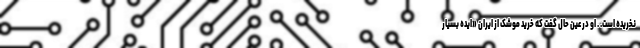
نخریده است. . او در عین حال گفت که خرید موشک از ایران «ایده بسیار